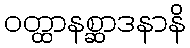
ဝတ္ထာနစ္ဆာဒနာနိ